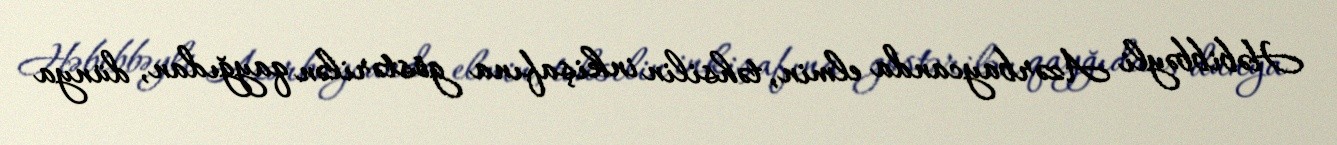
Həbibbəyli Azərbaycanda elmin, təhsilin inkişafına göstərilən qayğıdan, dünya